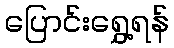
ပြောင်းရွှေ့ရန်